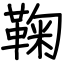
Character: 鞠